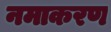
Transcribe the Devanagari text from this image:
नमाकरण